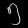
Digit: ၅